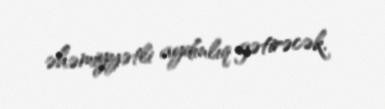
əhəmiyyətli aydınlıq gətirəcək.